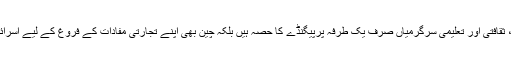
یہ کہنا مشکل ہے کہ چین میں‌ اسرائیل کی سفارتی، ثقافتی اور تعلیمی سرگرمیاں صرف یک طرفہ پرپیگنڈے کا حصہ ہیں بلکہ چین بھی اپنے تجارتی مفادات کے فروغ کے لیے اسرائیل کے ساتھ دوستانہ مراسم کو مزی بڑھا رہا ہے۔